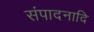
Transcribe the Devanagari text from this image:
संपादनादि